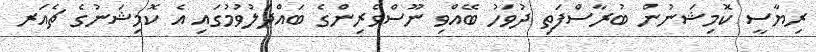
ރިޔާސީ ކޮމިޝަނުން ބުރާސްފަތި ދުވަހު ބޭއްވި ނޫސްވެރިންގެ ބައްދަލުވުމުގައި އެ ކޮމިޝަނުގެ ޗެއަރ